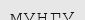
мунгу